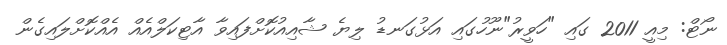
ނޯޓް: މިއީ 2011 ގައި "ހަވީރު"ނޫހުގައި އަޅުގަނޑު ލިޔެ ޝާއިއުކޮށްފައިވާ އާޓިކަލްއެއް އެއްކޮށްލައިގެން